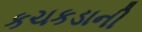
કચકડાની